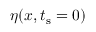
\eta ( x , t _ { \mathrm { s } } = 0 )